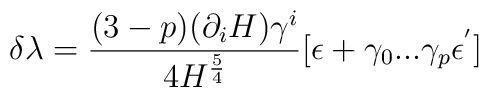
\delta \lambda = {(3-p)(\partial_i H)\gamma^i \over 4H^{5\over 4}}[\epsilon +\gamma_0 ... \gamma_p \epsilon^{'}]